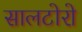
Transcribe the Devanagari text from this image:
सालटोरो